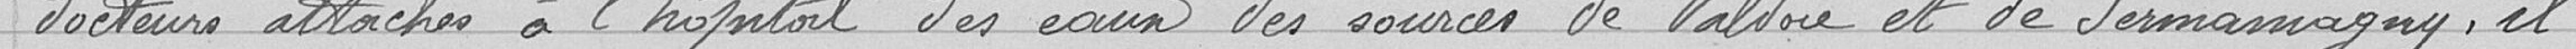
docteurs attachés à l'hôpital des eaux des sources de Valdoie et de Sermamagny, il